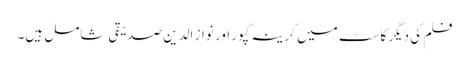
فلم کی دیگر کاسٹ میں کرینہ کپور اور نواز الدین صدیقی شامل ہیں۔